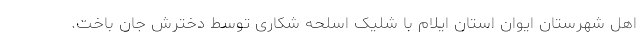
اهل شهرستان ایوان استان ایلام با شلیک اسلحه شکاری توسط دخترش جان باخت.